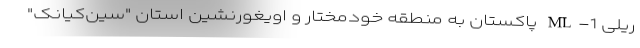
ریلی ML-1 پاکستان به منطقه خودمختار و اویغورنشین استان "سین‌کیانک"